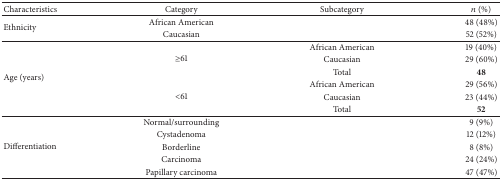
<table><thead><tr><td><b>Characteristics</b></td><td><b>Category</b></td><td><b>Subcategory</b></td><td><b><i>n</i> (%)</b></td></tr></thead><tbody><tr><td rowspan="2">Ethnicity </td><td>African American</td><td> </td><td>48 (48%)</td></tr><tr><td>Caucasian </td><td> </td><td>52 (52%)</td></tr><tr><td rowspan="6">Age (years)</td><td rowspan="3">≥61</td><td>African American</td><td>19 (40%)</td></tr><tr><td>Caucasian</td><td>29 (60%)</td></tr><tr><td>Total</td><td><b>48 </b></td></tr><tr><td rowspan="3">&lt;61</td><td>African American</td><td>29 (56%)</td></tr><tr><td>Caucasian</td><td>23 (44%)</td></tr><tr><td>Total</td><td><b>52 </b></td></tr><tr><td rowspan="5">Differentiation </td><td>Normal/surrounding </td><td> </td><td>9 (9%)</td></tr><tr><td>Cystadenoma</td><td> </td><td>12 (12%)</td></tr><tr><td>Borderline</td><td> </td><td>8 (8%)</td></tr><tr><td>Carcinoma</td><td> </td><td>24 (24%)</td></tr><tr><td>Papillary carcinoma</td><td> </td><td>47 (47%)</td></tr></tbody></table>